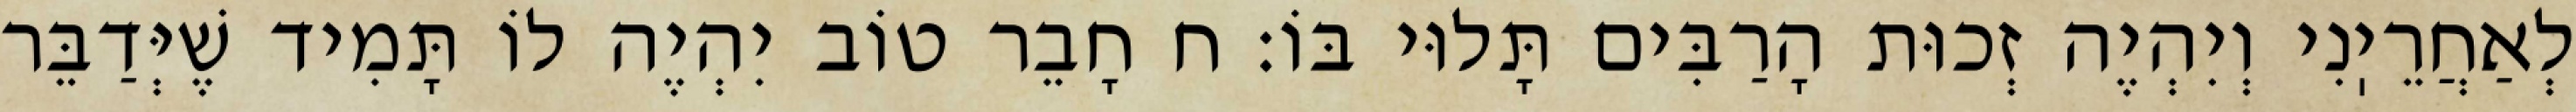
לְאַחֲרֵיֽנִי וְיִהְיֶה זְכוּת הָרַבִּים תָּלוּי בּוֹ: ח חָבֵר טוֹב יִהְיֶה לוֹ תָּמִיד שֶׁיְּדַבֵּר